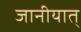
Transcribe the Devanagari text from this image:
जानीयात्